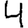
Digit: 4